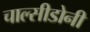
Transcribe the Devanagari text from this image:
चाल्सीडोनी